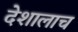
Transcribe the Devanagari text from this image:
देशालाच